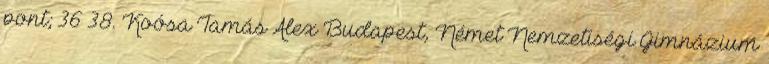
pont; 36–38. Koósa Tamás Alex Budapest, Német Nemzetiségi Gimnázium